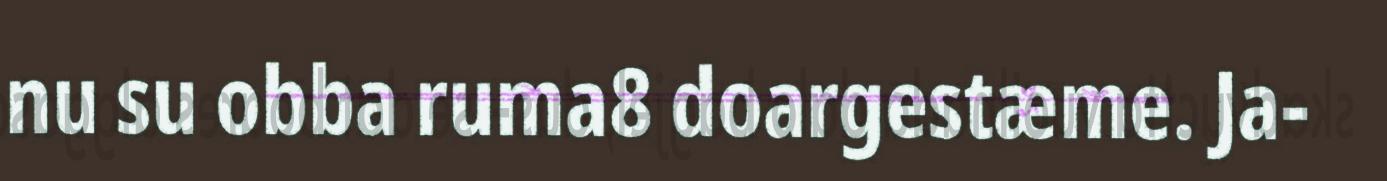
nu su obba ruma8 doargestæme. Ja-